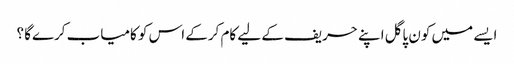
ایسے میں کون پاگل اپنے حریف کے لیے کام کرکے اس کو کامیاب کرےگا ؟